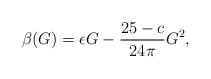
\begin{align*}\beta(G)=\epsilon G- \frac{25-c}{24\pi}G^2,\end{align*}